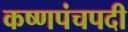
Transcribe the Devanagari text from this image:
कष्णपंचपदी